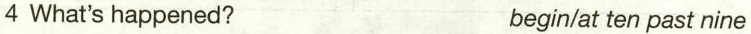
4 What's happened? begin/at ten past nine